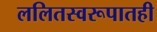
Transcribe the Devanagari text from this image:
ललितस्वरूपातही